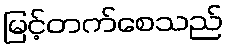
မြင့်တက်စေသည်